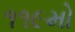
૧૧૯મો